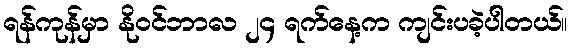
ရန်ကုန်မှာ နိုဝင်ဘာလ ၂၄ ရက်နေ့က ကျင်းပခဲ့ပါတယ်။